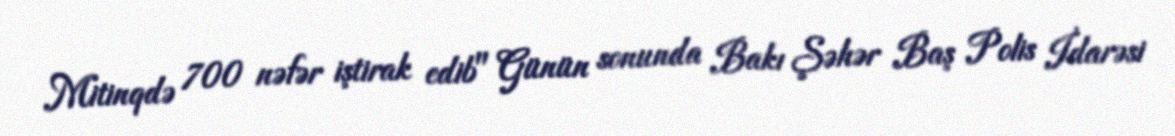
Mitinqdə 700 nəfər iştirak edib" Günün sonunda Bakı Şəhər Baş Polis İdarəsi